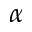
\alpha